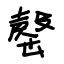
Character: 罄